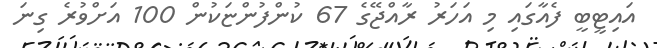
އައިޓީބީ ފެއާގައި މި އަހަރު ރާއްޖޭގެ 67 ކުންފުންޏަކުން 100 އަށްވުރެ ގިނަ